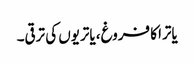
یاترا کا فروغ، یاتریوں کی ترقی۔